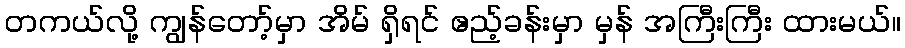
တကယ်လို့ ကျွန်တော့်မှာ အိမ် ရှိရင် ဧည့်ခန်းမှာ မှန် အကြီးကြီး ထားမယ်။